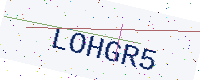
Text: LOHGR5